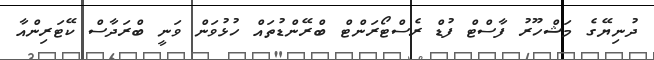
ދުނިޔޭގެ މަޝްހޫރު ފާސްޓް ފުޑް ރެސްޓޯރަންޓް ބްރޭންޑުތައް ހުޅުވަން ވަނީ ބްރަދާސް ކޭޓަރިންއާ